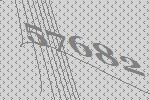
57682